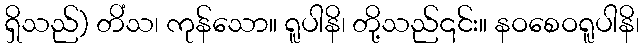
ရှိသည်) တိံသ၊ ကုန်သော။ ရူပါနိ၊ တို့သည်၎င်း။ နဝစေဝရူပါနိ၊